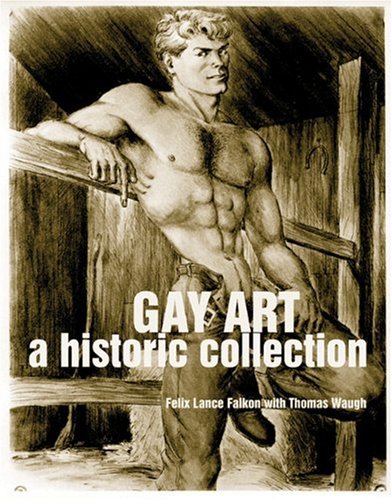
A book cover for Gay Art: A Historic Collection; Felix Lance Falkon; Arts & Photography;